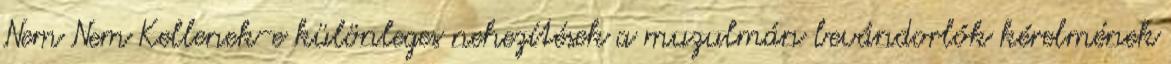
Nem Nem Kellenek-e különleges nehezítések a muzulmán bevándorlók kérelmének